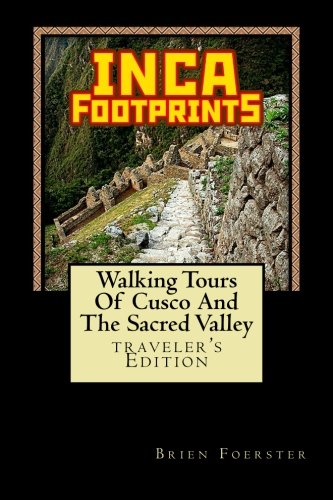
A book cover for Inca Footprints: Walking Tours Of Cusco And The Sacred Valley Of Peru; Brien Foerster; Travel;